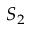
S _ { 2 }